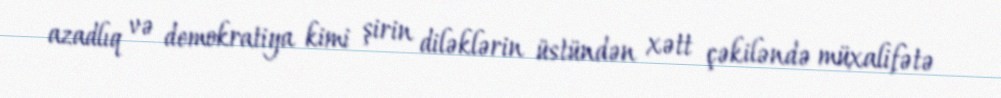
azadlıq və demokratiya kimi şirin diləklərin üstündən xətt çəkiləndə müxalifətə